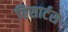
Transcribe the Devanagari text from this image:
रिसार्टस